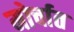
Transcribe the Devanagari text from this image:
मोर्चात